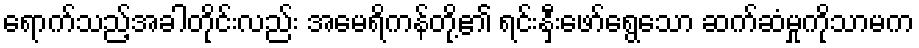
ရောက်သည့်အခါတိုင်းလည်း အမေရိကန်တို့၏ ရင်းနှီးဖော်ရွေသော ဆက်ဆံမှုကိုသာမက